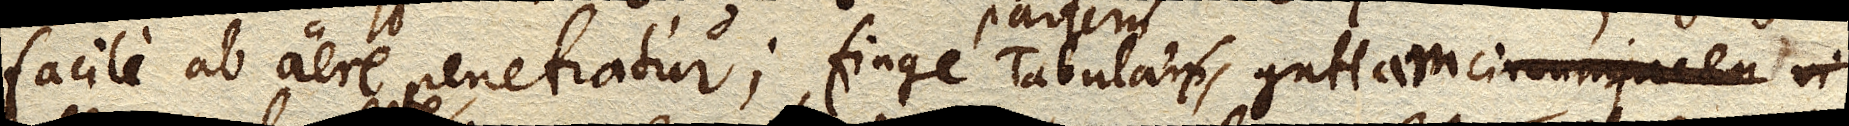
facile ab aere penetratur; finge partem Tabulae guttam